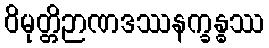
ဝိမုတ္တိဉာဏဒဿနက္ခန္ဓဿ